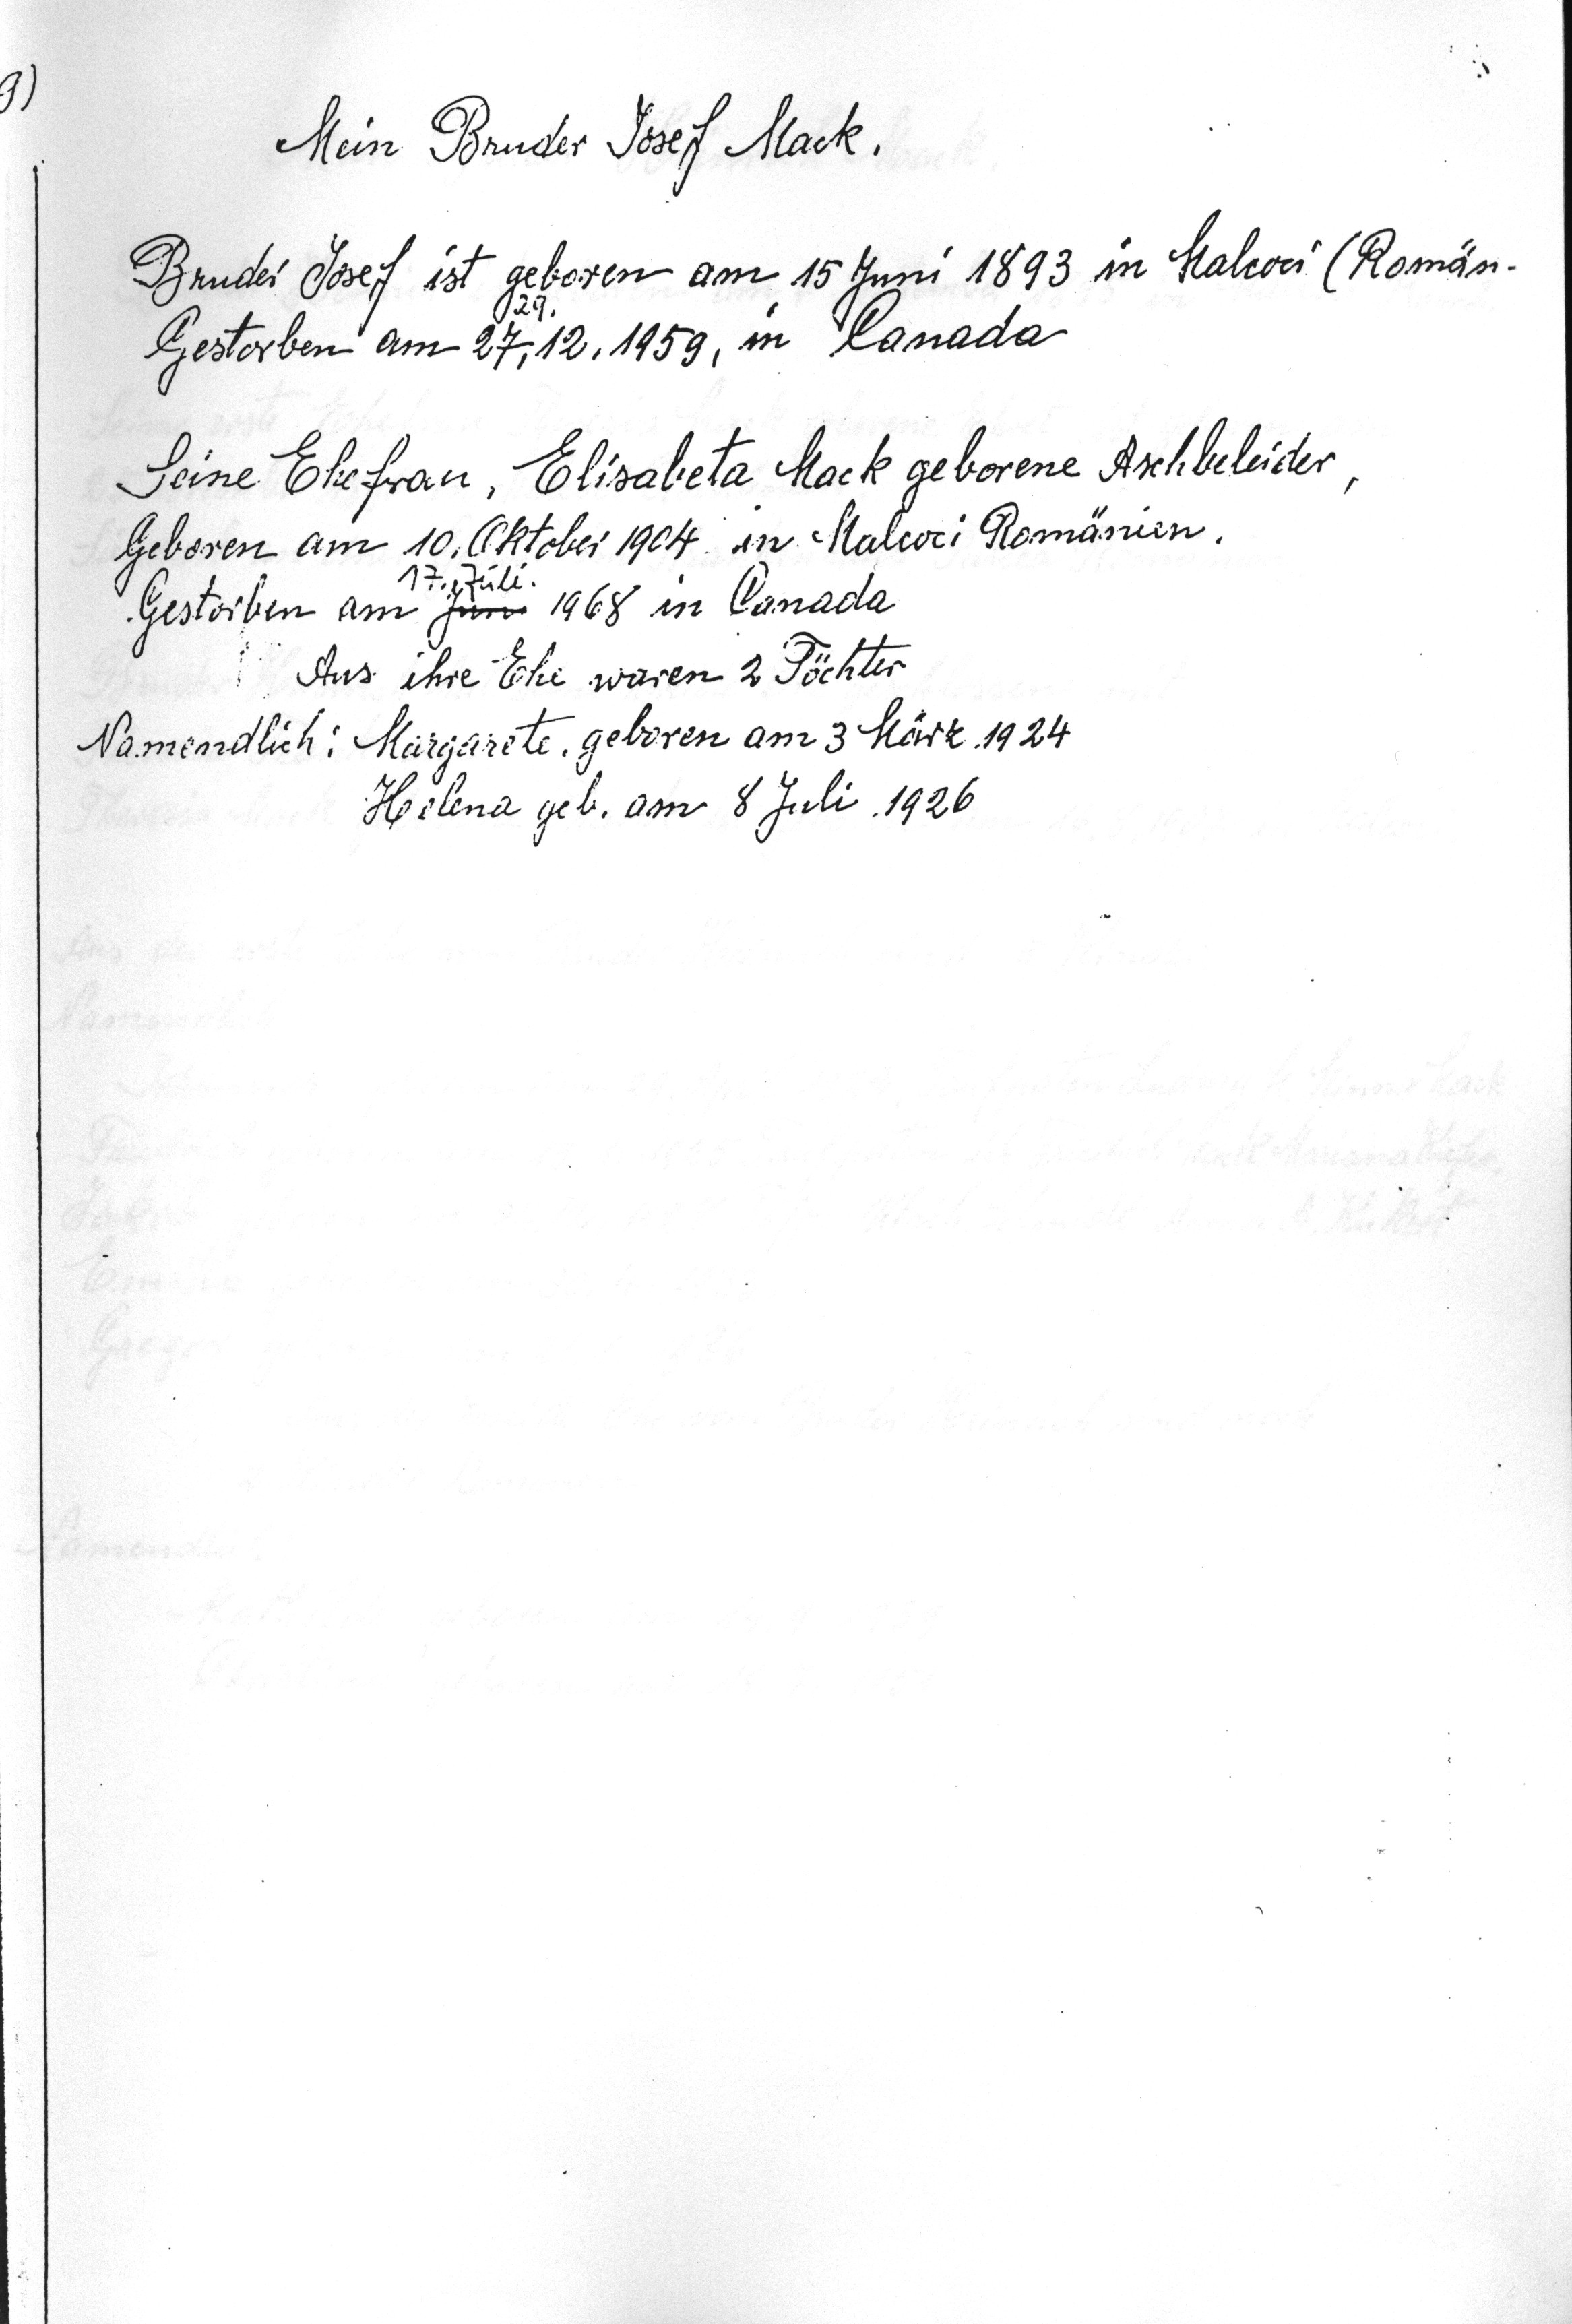
Mein Bruder Josef Mack
Bruder Josef ist geboren am 15 Juni 1893 in Malcoci (Romän.
Gestorben am 27.12.1959 in Kanada
Seine Ehefrau, Elisabeta Mack geborene Aschbeleider
Geboren am 10. Oktober 1904 in Malcoci Romänien
17. Juli
Gestorben am Juni 1968 in Canada
Aus ihre Ehe waren 2 Töchter
Namendlich: Margartete, geboren am 3 März 1924
Helena geb. am 8 Juli 1926